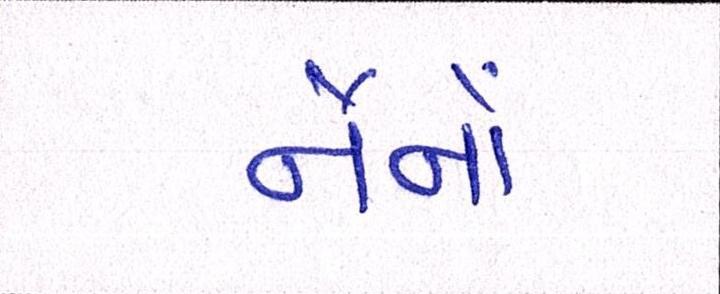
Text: નૈનોં